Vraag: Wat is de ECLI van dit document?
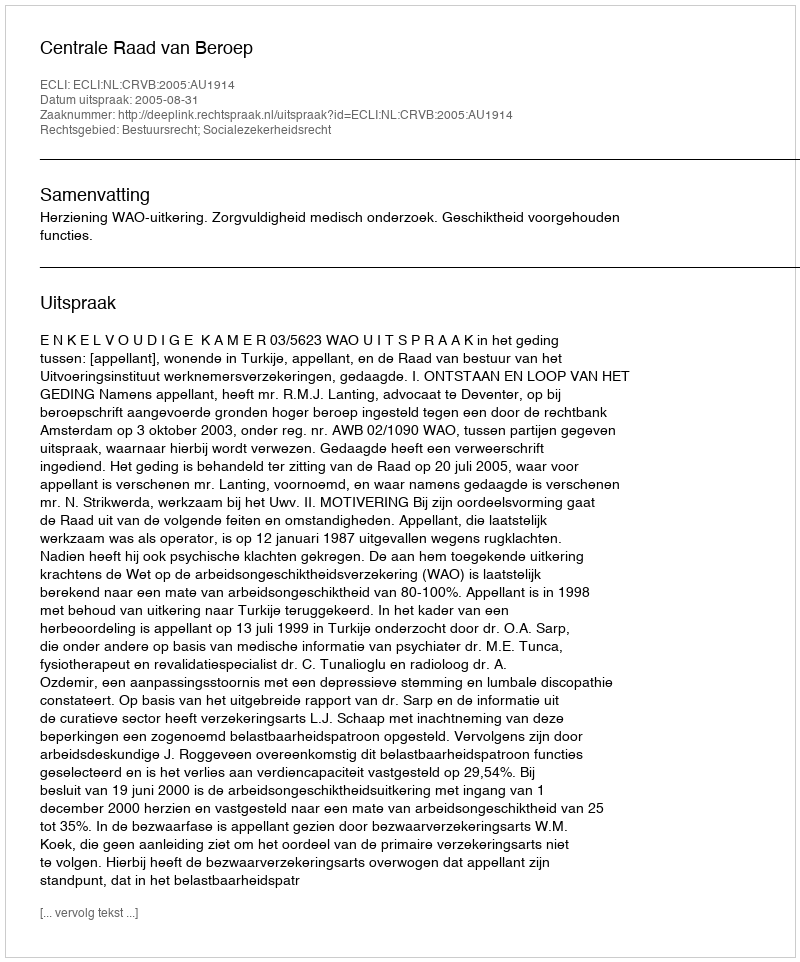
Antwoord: ECLI:NL:CRVB:2005:AU1914